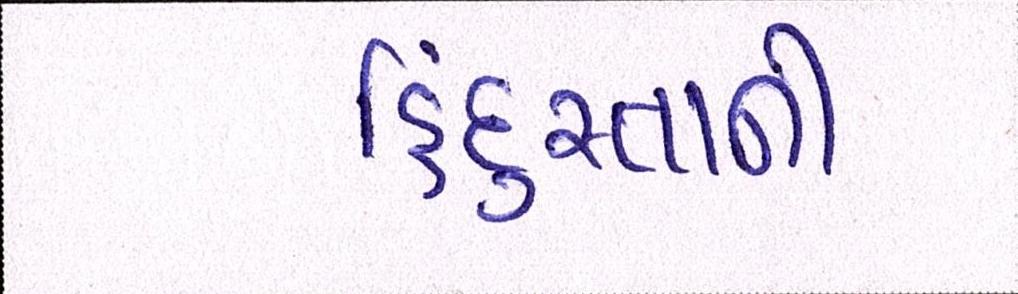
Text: હિંદુસ્તાની